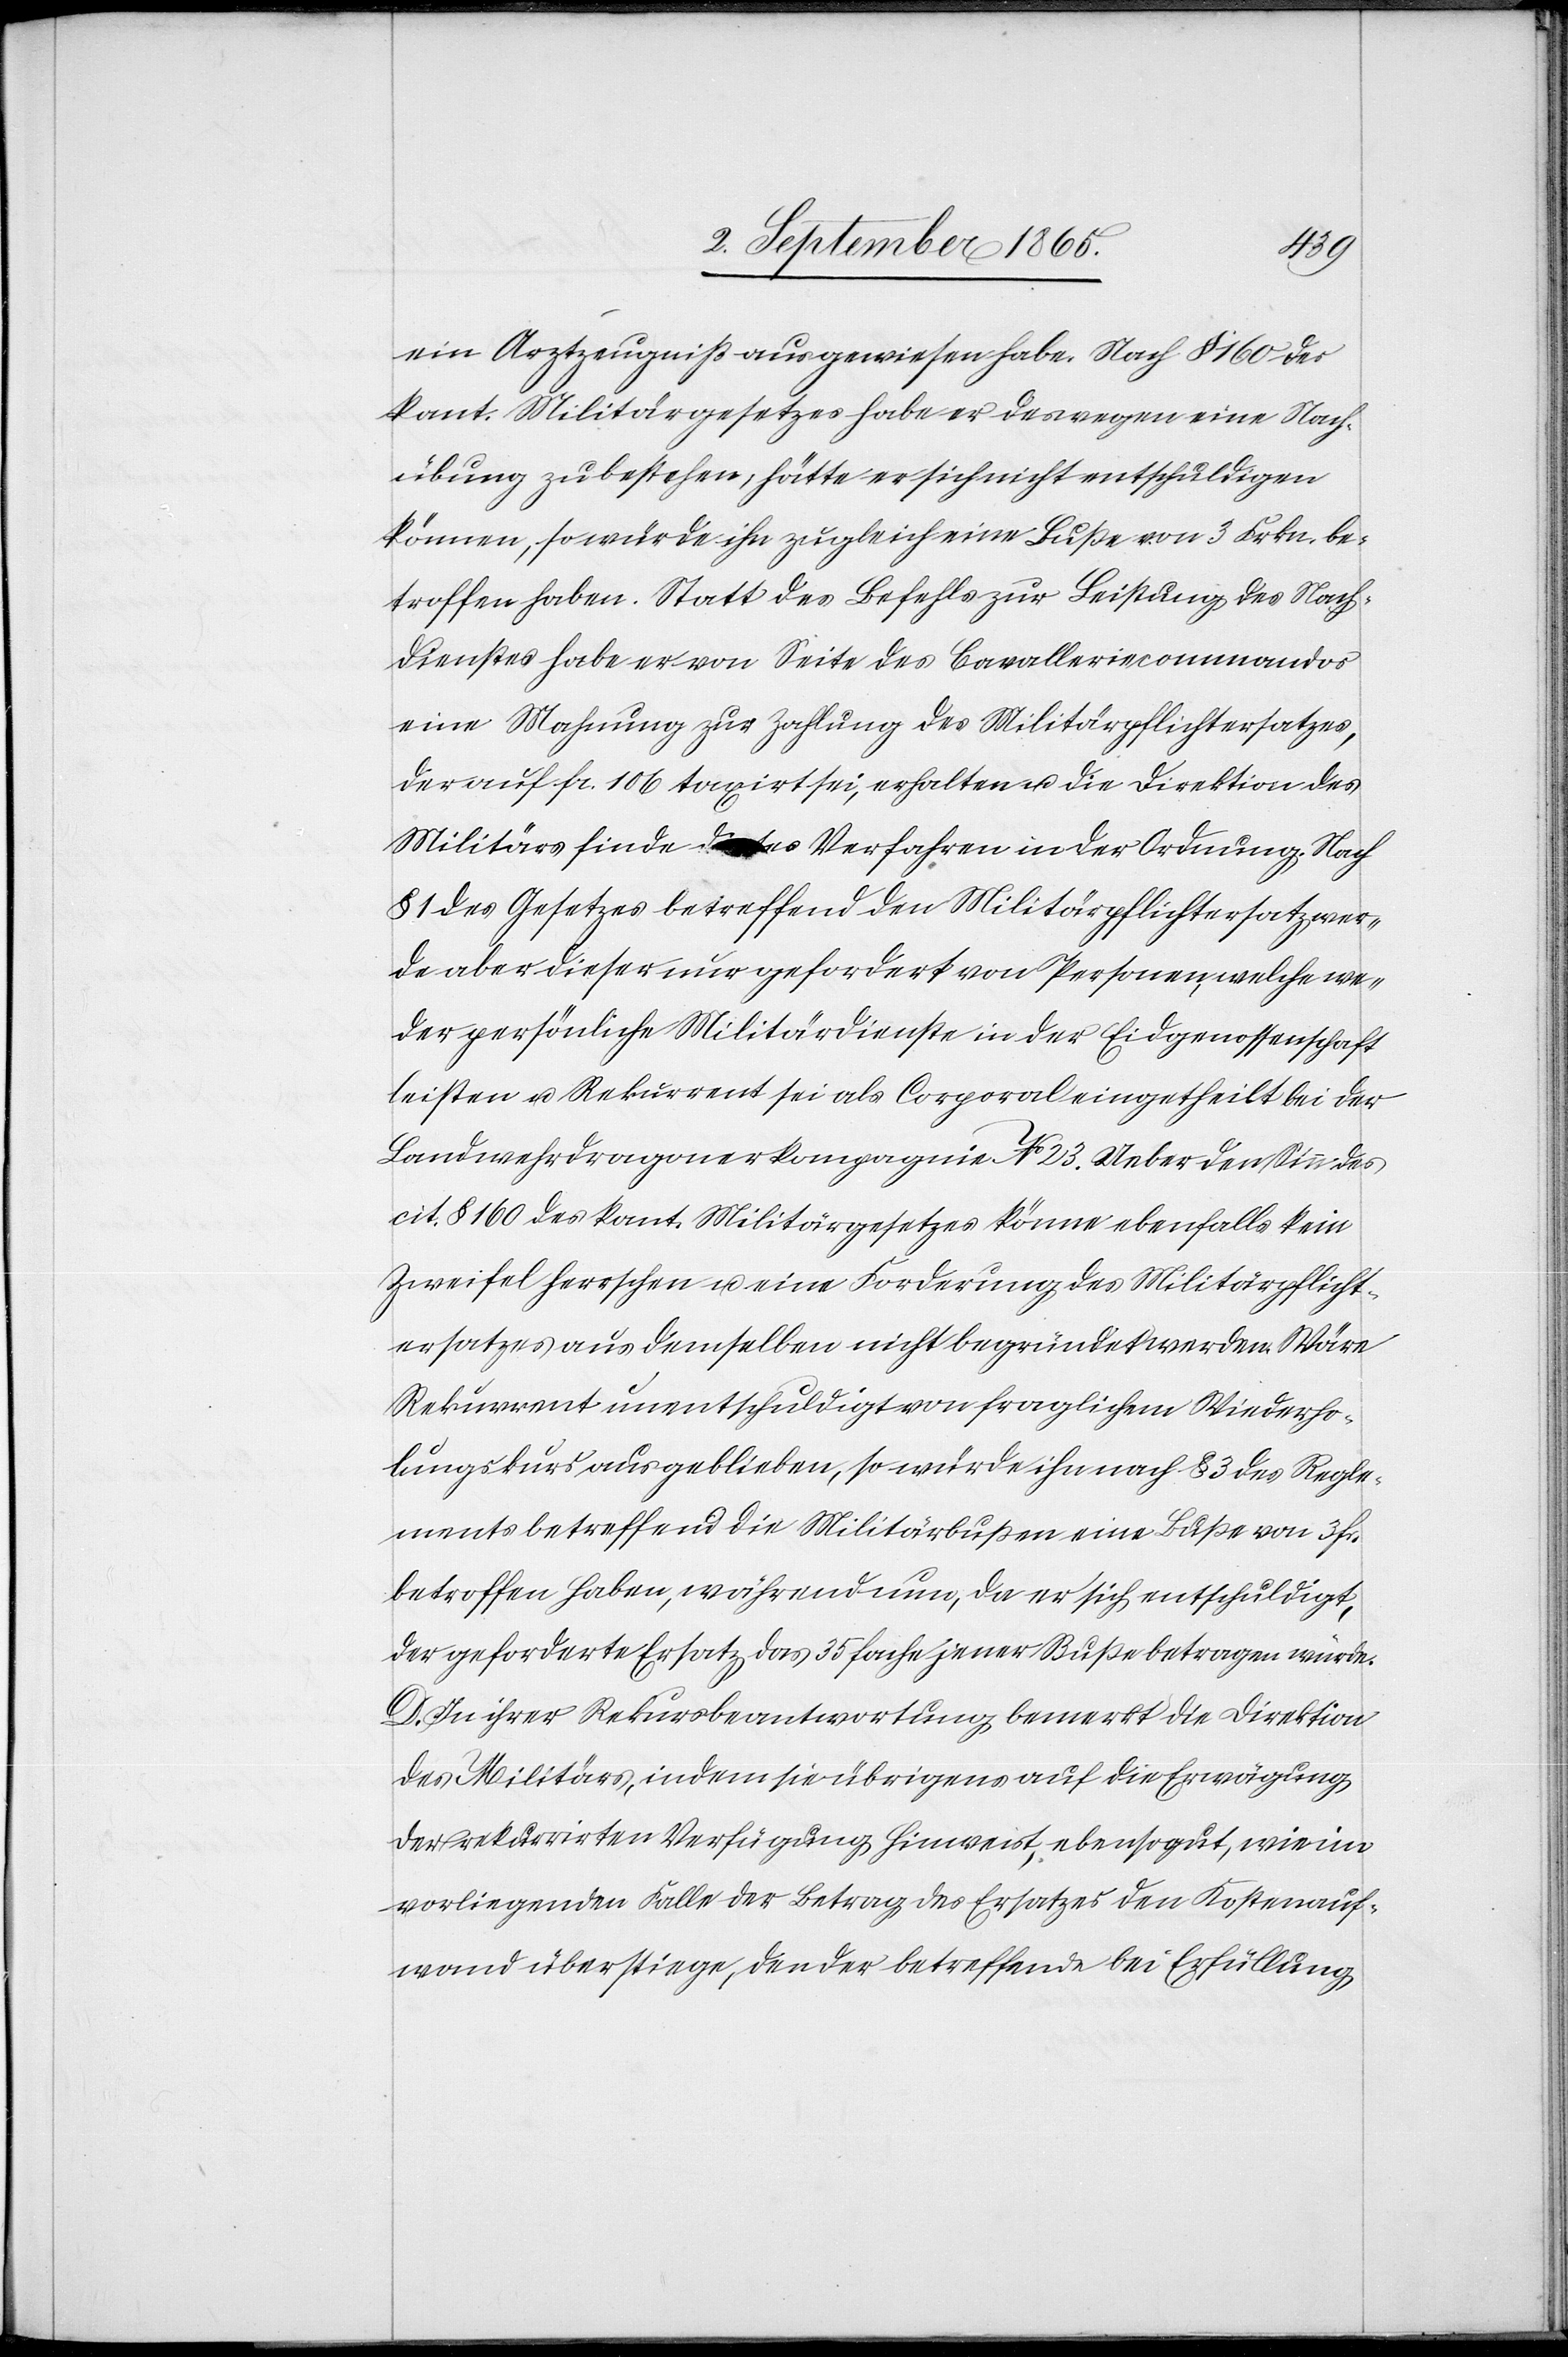
ein Arztzeugniß ausgewiesen habe. Nach § 160 des
kant. Militärgesetzes habe er deswegen eine Nach¬
übung zu bestehen, hätte er sich nicht entschuldigen
können, so würde ihn zugleich eine Buße von 3 Frkn. be¬
troffen haben. Staat des Befehls zur Leistung des Nach¬
dienstes habe er von Seite des Cavalleriecommandos
eine Mahnung zur Zahlung des Militärpflichtersatzes,
der auf fr. 106 taxirt sei, erhalten u. die Direktion des
Militärs finde d[?ies]es Verfahren in der Ordnung. Nach
§ 1 des Gesetzes betreffend den Militärpflichtersatz wer¬
de aber dieser nur gefordert von Personen, welche we¬
der persönliche Militärdienste in der Eidgenossenschaft
leisten u. Rekurrent sei als Corporal eingetheilt bei der
Landwehrdragonerkompagnie No 23. Ueber den Sinn des
cit. § 160 des kant. Militärgesetzes könne ebenfalls kein
Zweifel herrschen u. eine Forderung des Militärpflicht¬
ersatzes aus demselben nicht begründet werden. Wäre
Rekurrent unentschuldigt von fraglichem Wiederho¬
lungskurs ausgeblieben, so würde ihn nach § 3 des Regle¬
ments betreffend die Militärbußen eine Buße von 3 fr.
betroffen haben, während nun, da er sich entschuldigt,
der geforderte Ersatz das 35 fache jener Buße betragen würde.
D. In ihrer Rekursbeantwortung bemerkt die Direktion
des Militärs, indem sie übrigens auf die Erwägung
der rekurrirten Verfügung hinweist, ebensogut, wie im
vorliegenden Falle der Betrag des Ersatzes den Kostenauf¬
wand überstiege, den der betreffende bei Erfüllung